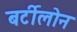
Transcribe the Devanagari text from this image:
बर्टीलोन